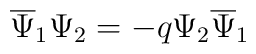
\overline{\Psi}_{1}\Psi_{2}=-q \Psi_{2}\overline{\Psi}_{1}